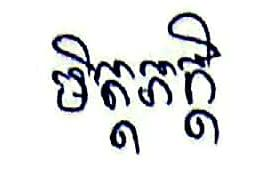
មិត្តភក្ដិ